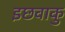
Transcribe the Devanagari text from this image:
इछवाकु